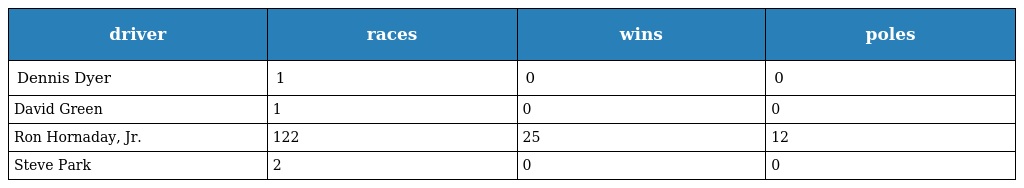
| driver | races | wins | poles |
 | --- | --- | --- | --- |
 | Dennis Dyer | 1 | 0 | 0 |
 | David Green | 1 | 0 | 0 |
 | Ron Hornaday, Jr. | 122 | 25 | 12 |
 | Steve Park | 2 | 0 | 0 |